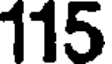
115